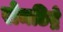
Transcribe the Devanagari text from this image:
रोमछिद्रे